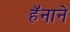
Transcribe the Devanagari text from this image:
हॅनाने